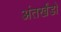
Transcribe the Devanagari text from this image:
अंतर्खंडों